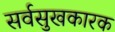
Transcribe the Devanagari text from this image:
सर्वसुखकारक